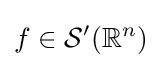
f\in {\mathcal {S}}'(\mathbb {R} ^{n})